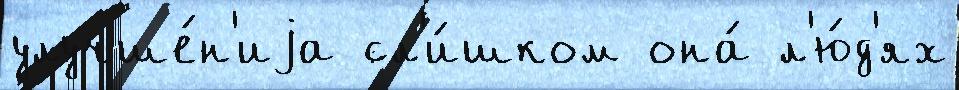
улучше́н'иjа сл'и́шком она́ л'ю́д'ях